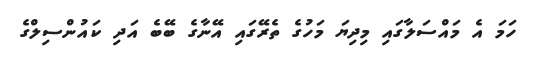
ހަމަ އެ މައްސަލާގައި މިދިޔަ މަހުގެ ތެރޭގައި އޭނާގެ ބޭބެ އަދި ކައުންސިލްގެ